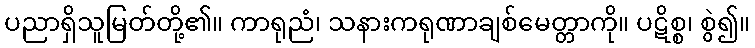
ပညာရှိသူမြတ်တို့၏။ ကာရုညံ၊ သနားကရုဏာချစ်မေတ္တာကို။ ပဋိစ္စ၊ စွဲ၍။